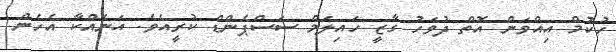
ހުކުމް އިއްވަން އޮތް ދުވަހު ގާޒީ ހައިލަމް ސަސްޕެންޑް ކުރީއެވެ. އަނެއްކާ އެހެން